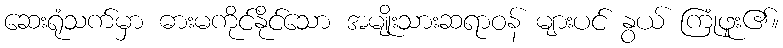
ဆေးရုံသက်မှာ ဓားမကိုင်နိုင်သော အမျိုးသားဆရာဝန် များပင် နွယ် ကြုံဖူး၏။